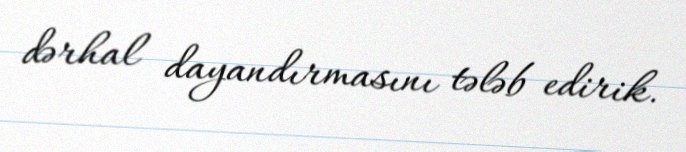
dərhal dayandırmasını tələb edirik.